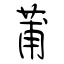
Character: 莆